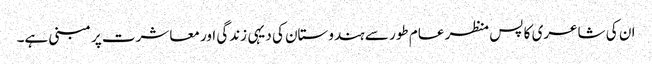
ان کی شاعری کا پس منظر عام طور سے ہندوستان کی دیہی زندگی اور معاشرت پر مبنی ہے۔